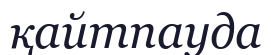
қайтпауда